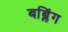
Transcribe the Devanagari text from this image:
बब्लिंग